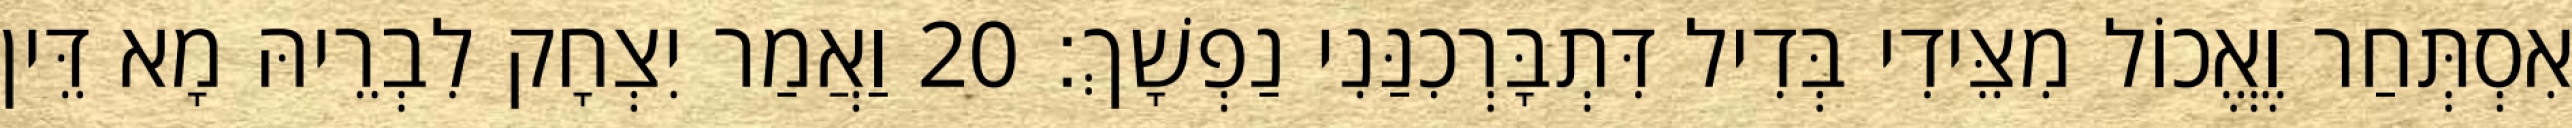
אִסְתְּחַר וֶאֱכוֹל מִצֵּידִי בְּדִיל דִּתְבָּרְכִנַּנִי נַפְשָׁךְ׃ 20 וַאֲמַר יִצְחָק לִבְרֵיהּ מָא דֵּין